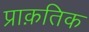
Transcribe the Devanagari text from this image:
प्राक़तिक